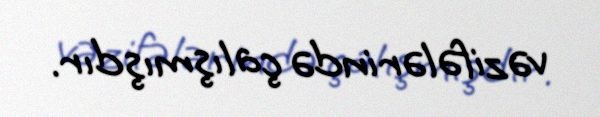
vəzifələrində çalışmışdır.